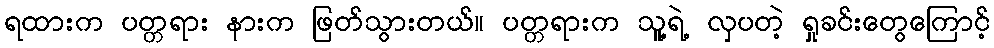
ရထားက ပတ္တရား နားက ဖြတ်သွားတယ်။ ပတ္တရားက သူ့ရဲ့ လှပတဲ့ ရှုခင်းတွေကြောင့်